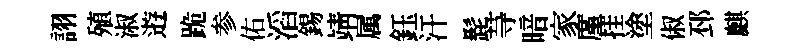
詡殖淑逰跪参佑滔錫靖属鈺汗髭䒭暗家廑挂塗俶邳麒